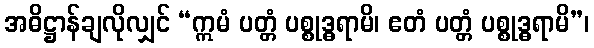
အဓိဋ္ဌာန်ချလိုလျှင် “ဣမံ ပတ္တံ ပစ္စုဒ္ဓရာမိ၊ ဧတံ ပတ္တံ ပစ္စုဒ္ဓရာမိ”၊